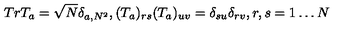
T r T _ { a } = \sqrt N \delta _ { a , N ^ { 2 } } , ( T _ { a } ) _ { r s } ( T _ { a } ) _ { u v } = \delta _ { s u } \delta _ { r v } , r , s = 1 \ldots N